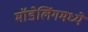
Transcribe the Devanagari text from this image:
मॉडेलिंगमध्ये